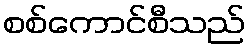
စစ်ကောင်စီသည်